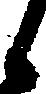
候